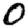
Digit: 0